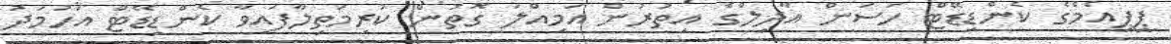
ޕީޕީއެމްގެ ކެންޑިޑޭޓް ހަސަން އާދިލްގެ އިތުރުން އަމިއްލަ ގޮތުން ކުރިމަތިލާފައިވާ ކެންޑިޑޭޓް އަހުމަދު